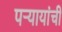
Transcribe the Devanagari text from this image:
पऱ्यायांची